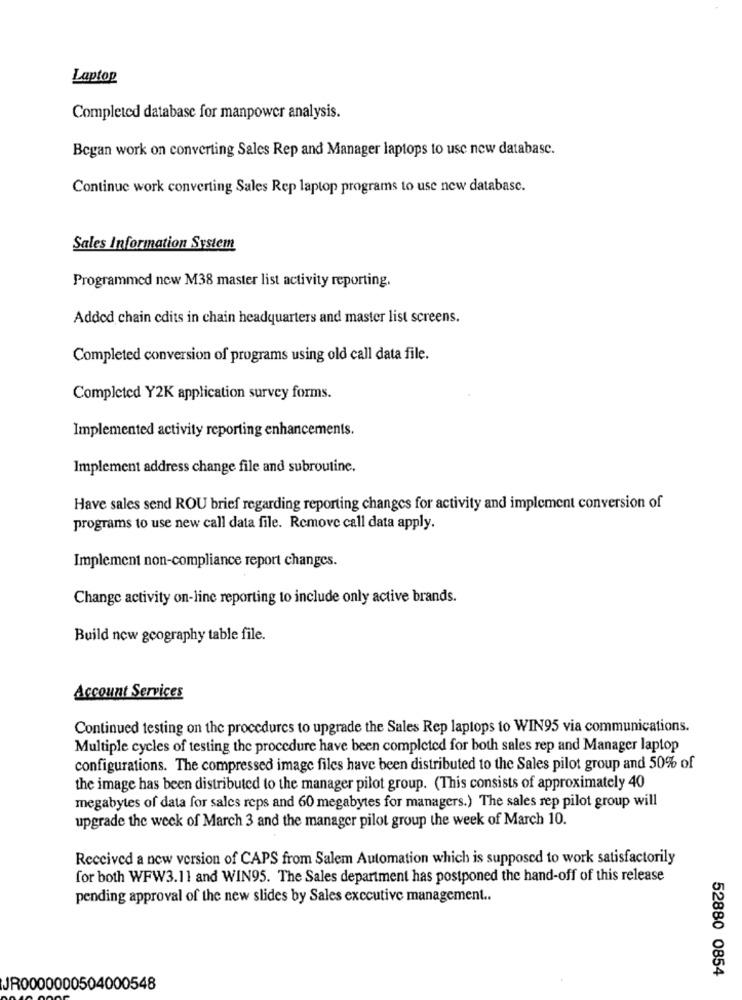
Laptop
Completed database for manpower analysis.
Began work on converting Sales Rep and Manager laptops to use new database.
Continue work converting Sales Rep laptop programs to use new databasc.
Sales Information System
Programmed new M38 master list activity reporting.
Added chain cdits in chain headquarters and master list screens.
Completed conversion of programs using old call data file.
Completed Y2K application survey forms.
Implemented activity reporting enhancements.
Implement address change file and subroutine.
Have sales send ROU brief regarding reporting changes for activity and implement conversion of
programs to use new call data file. Remove call data apply.
Implement non-compliance report changes.
Change activity on-line reporting to include only active brands.
Build new geography table file.
Account Services
Continued testing on the procedures to upgrade the Sales Rep laptops to WIN95 via communications.
Multiple cycles of testing the procedure have been completed for both sales rep and Manager laptop
configurations. The compressed image files have been distributed to the Sales pilot group and 50% of
the image has been distributed to the manager pilot group. (This consists of approximately 40
megabytes of data for salcs reps and 60 megabytes for managers.) The sales rep pilot group will
upgrade the week of March 3 and the manager pilot group the week of March 10.
Received a new version of CAPS from Salem Automation which is supposed to work satisfactorily
for both WFW3.11 and WIN95. The Sales department has postponed the hand-off of this release
pending approval of the new slides by Sales executive management ..
52880 0854
JR0000000504000548